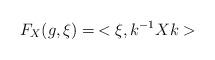
LaTeX: \begin{align*}F_X(g,\xi)=\,<\xi,k^{-1}Xk > \end{align*}